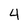
Character: 4